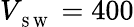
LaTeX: V_{_{\mathrm{~S~W~}}}=400